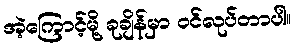
အဲ့ကြောင့်မို့ ခုချိန်မှာ ဝင်လုပ်တာပါ။